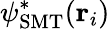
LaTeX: \psi_{\mathrm{SMT}}^{*}(\textbf{r}_{i})